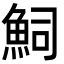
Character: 𮫴